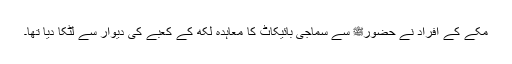
مکے کے افراد نے حضورﷺ سے سماجی بائیکاٹ کا معاہدہ لکھ کے کعبے کی دیوار سے لٹکا دیا تھا۔